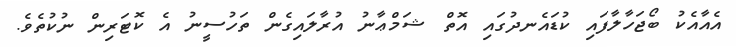
އެއާއެކު ބޯޖަހާލާފައި ކުޑައެނދުގައި އޮތް ޝަމްޢާނު އުރާލައިގެން ތަހުސީނު އެ ކޮޓަރިން ނުކުތެވެ.